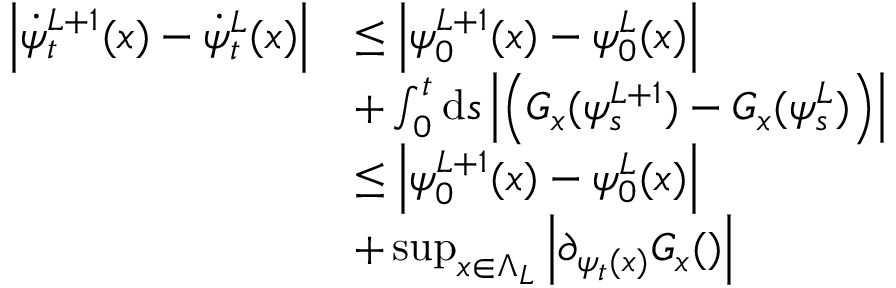
\begin{array} { r l } { \left| \dot { \psi } _ { t } ^ { L + 1 } ( x ) - \dot { \psi } _ { t } ^ { L } ( x ) \right| } & { \leq \left| \psi _ { 0 } ^ { L + 1 } ( x ) - \psi _ { 0 } ^ { L } ( x ) \right| } \\ & { + \int _ { 0 } ^ { t } \mathrm { d } s \left| \left( G _ { x } ( \psi _ { s } ^ { L + 1 } ) - G _ { x } ( \psi _ { s } ^ { L } ) \right) \right| } \\ & { \leq \left| \psi _ { 0 } ^ { L + 1 } ( x ) - \psi _ { 0 } ^ { L } ( x ) \right| } \\ & { + \operatorname* { s u p } _ { x \in \Lambda _ { L } } \left| \partial _ { \psi _ { t } ( x ) } G _ { x } ( ) \right| } \end{array}